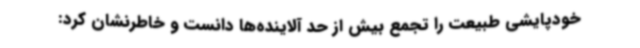
خودپایشی طبیعت را تجمع بیش از حد آلاینده‌ها دانست و خاطرنشان کرد: